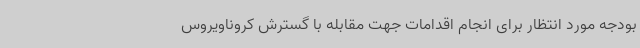
بودجه‌ مورد انتظار برای انجام اقدامات جهت مقابله‌ با گسترش کروناویروس